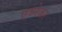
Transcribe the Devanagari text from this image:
एब्नेजर